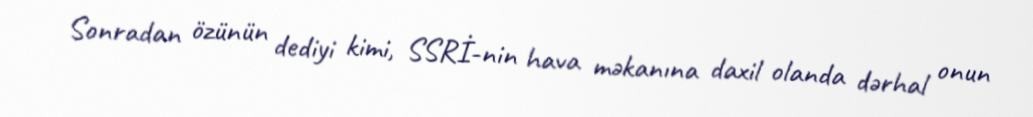
Sonradan özünün dediyi kimi, SSRİ-nin hava məkanına daxil olanda dərhal onun